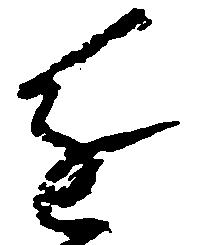
進